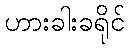
ဟားခါးခရိုင်